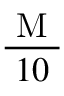
\frac { \mathrm { ~ M ~ } } { 1 0 }